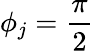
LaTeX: \phi_{j}=\frac{\pi}{2}